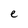
Character: e